画像に写った文字を読んでください
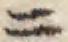
「ニ」と書いてあります